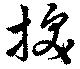
抜